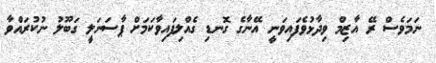
ނަމަވެސް ރޭ އާޒިމް ވިދާޅުވެފައިވަނީ އޭނާގެ ގޮނޑި ގެއްލިފައިވާކަމަށް ޕާސަނަލީ ގަބޫލު ނުކުރައްވާ